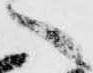
へ